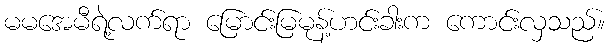
မမအေမီရဲ့လက်ရာ မြောင်းမြမုန့်ဟင်းခါးက ကောင်းလှသည်။